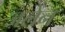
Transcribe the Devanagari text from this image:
जलेन